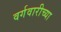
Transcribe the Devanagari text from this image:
वर्गवारीच्या